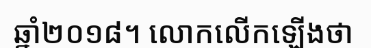
ឆ្នាំ២០១៨។ លោកលើកឡើងថា